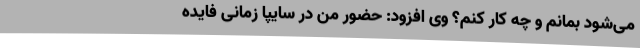
می‌شود بمانم و چه کار کنم؟ وی افزود: حضور من در سایپا زمانی فایده